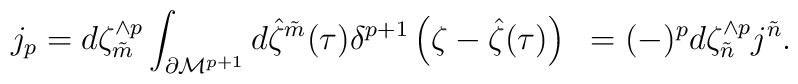
j_{p} = d\zeta^{\wedge p}_{\tilde{m}} \int_{\partial {\cal M}^{p+1}}d{\hat \zeta}^{\tilde{m}} (\tau )\delta^{p+1} \left( \zeta - {\hat \zeta} (\tau )\right)~=(-)^p d\zeta^{\wedge p}_{\tilde{n}} j^{\tilde{n}} . \qquad